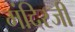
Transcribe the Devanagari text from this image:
मंदिरजी